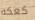
كعكه